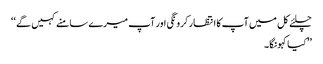
چلئے کل میں آپ کا انتظار کرونگی اور آپ میرے سامنے کہیں گے ‘‘
’’کیا کہونگا۔